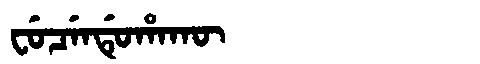
Manchu: ᠸᡠᠴᡝᠨᡩᡠᡥᠠᡴᡡ
Romanization: FUCENDUHAKŪ